Rangoon Lunatic Asylum 1893-1897 - 1893-1897
Year: 1893
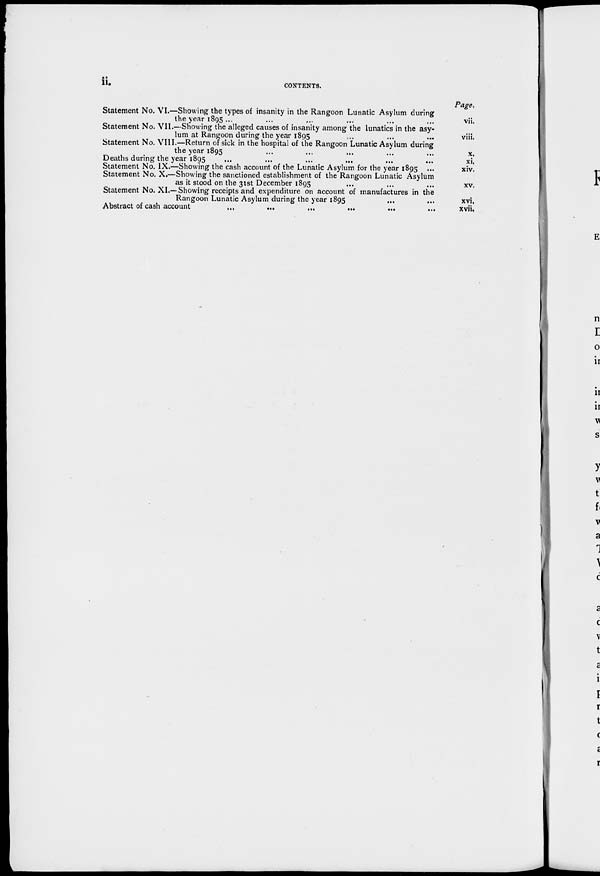
ii.
CONTENTS.
Statement No. VI.—Showing the types of insanity in the Rangoon Lunatic Asylum during
the year 1895 ... ... ... ... ... ...
Statement No. VII.—Showing the alleged causes of insanity among the lunatics in the asy-
lum at Rangoon during the year 1895 ... ... ...
Statement No. VIII.—Return of sick in the hospital of the Rangoon Lunatic Asylum during
the year 1895 ... ... ... ... ...
Deaths during the year 1895 ... ... ... ... ... ...
Statement No. IX.—Showing the cash account of the Lunatic Asylum for the year 1895 ...
Statement No. X.—Showing the sanctioned establishment of the Rangoon Lunatic Asylum
as it stood on the 31st December 1895
... ... ...
Statement No. XI.—Showing receipts and expenditure on account of manufactures in the
Rangoon Lunatic Asylum during the year 1895 ... ...
Abstract of cash account
...
...
...
...
...
...
Page.
vii.
viii.
x.
xi.
xiv.
xv.
xvi.
xvii.